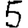
Digit: 5